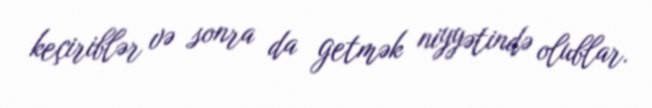
keçiriblər və sonra da getmək niyyətində olublar.